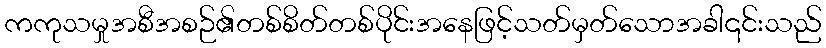
ကကုသမှုအစီအစဉ်၏တစ်စိတ်တစ်ပိုင်းအနေဖြင့်သတ်မှတ်သောအခါ၎င်းသည်